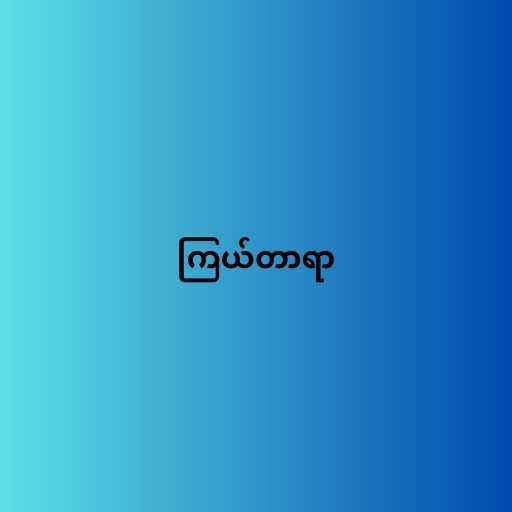
ကြယ်တာရာ